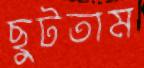
ছুটতাম